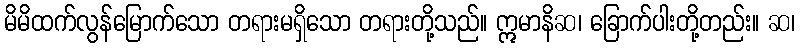
မိမိထက်လွန်မြောက်သော တရားမရှိသော တရားတို့သည်။ ဣမာနိဆ၊ ခြောက်ပါးတို့တည်း။ ဆ၊